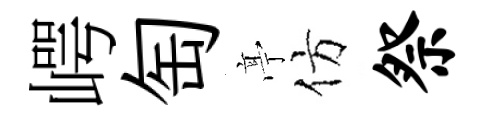
崿匋𠅘仿祭